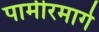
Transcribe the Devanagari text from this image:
पामीरमार्गे